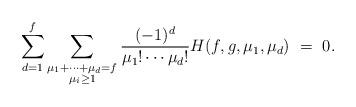
LaTeX: \begin{align*}\sum_{d = 1}^{f} \sum_{\substack{\mu_1+\dots+\mu_{d} = f \\ \mu_i \ge 1}} \frac{(-1)^{d}}{\mu_1! \cdots \mu_{d}!} H(f, g, \mu_1, \mu_{d})\ = \ 0 .\end{align*}